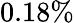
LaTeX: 0.18\%